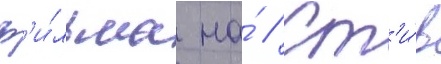
ф'и́льма на́ // Ст'и́в